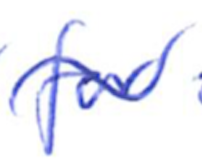
Text: for
Cross-out: wave
Writing tool: ballpoint